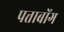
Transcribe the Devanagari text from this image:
पत्ताबोंग